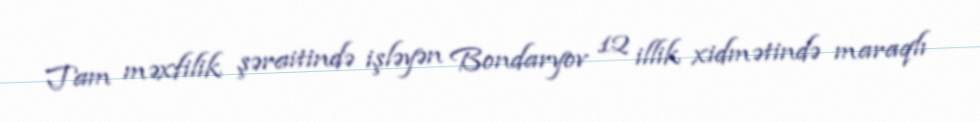
Tam məxfilik şəraitində işləyən Bondaryov 12 illik xidmətində maraqlı